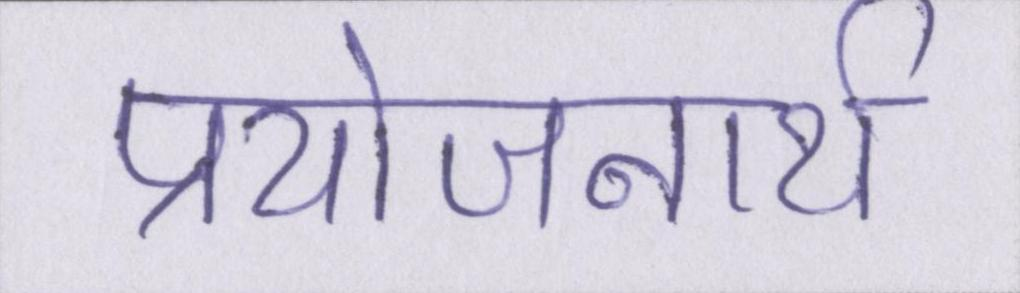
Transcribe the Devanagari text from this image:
प्रयोजनार्थ